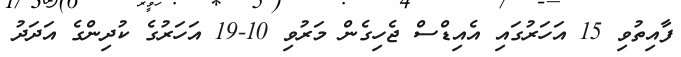
ފާއިތުވި 15 އަހަރުގައި އެއިޑްސް ޖެހިގެން މަރުވި 10-19 އަހަރުގެ ކުދިންގެ އަދަދު